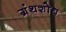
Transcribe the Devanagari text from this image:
ग्रंथशोध